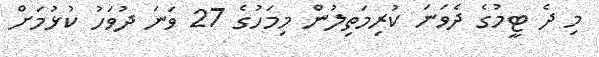
މި ދެ ޓީމުގެ ދެވަނަ ކުރިމަތިލުން މިމަހުގެ 27 ވަނަ ދުވަހު ކުޅުމަށް